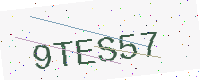
Text: 9TES57